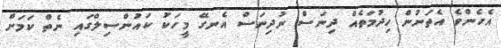
އެހެންވެ އެތަނުން ހިދުމަތެއް ދިނަސް ނުދިނަސް އެނގޭ މީހަކު ކައުންސިލްގައި ނެތް ކަމަށް